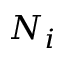
N _ { i }